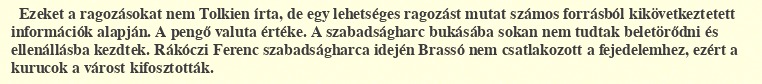
Ezeket a ragozásokat nem Tolkien írta, de egy lehetséges ragozást mutat számos forrásból kikövetkeztetett információk alapján. A pengő valuta értéke. A szabadságharc bukásába sokan nem tudtak beletörődni és ellenállásba kezdtek. Rákóczi Ferenc szabadságharca idején Brassó nem csatlakozott a fejedelemhez, ezért a kurucok a várost kifosztották.